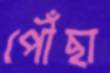
পৌঁছা